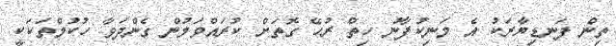
ތިން ފަނޑިޔާރަކު އެ މަނިކުފާނު ހިތް ރުހޭ ގޮތަށް ކުރައްވަމުން ގެންދަވާ ހުކުމްތަކަކީ